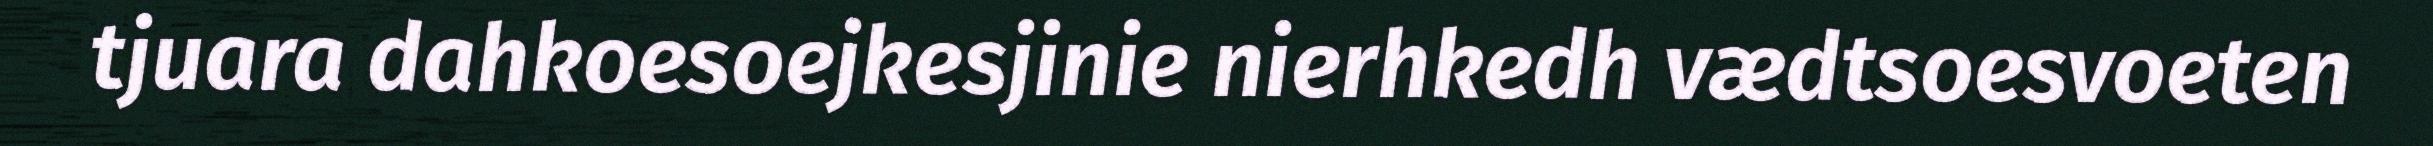
tjuara dahkoesoejkesjinie nierhkedh vædtsoesvoeten